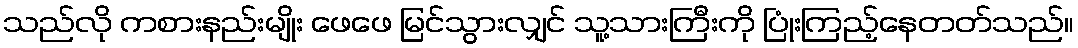
သည်လို ကစားနည်းမျိုး ဖေဖေ မြင်သွားလျှင် သူ့သားကြီးကို ပြုံးကြည့်နေတတ်သည်။